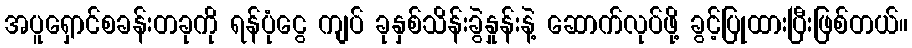
အပူရှောင်စခန်းတခုကို ရန်ပုံငွေ ကျပ် ခုနှစ်သိန်းခွဲနှုန်းနဲ့ ဆောက်လုပ်ဖို့ ခွင့်ပြုထားပြီးဖြစ်တယ်။